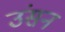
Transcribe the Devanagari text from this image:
उंसन